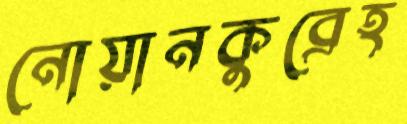
নোয়ানকুব্রেহ